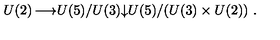
\begin{matrix} { U ( 2 ) } & { \longrightarrow } & { U ( 5 ) / U ( 3 ) } \\ { } & { } & { \downarrow } \\ { } & { } & { U ( 5 ) / ( U ( 3 ) \times U ( 2 ) ) \ . } \\ \end{matrix}